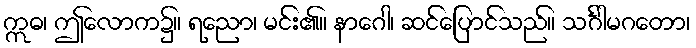
ဣဓ၊ ဤလောက၌။ ရညော၊ မင်း၏။ နာဂေါ၊ ဆင်ပြောင်သည်။ သင်္ဂါမဂတော၊